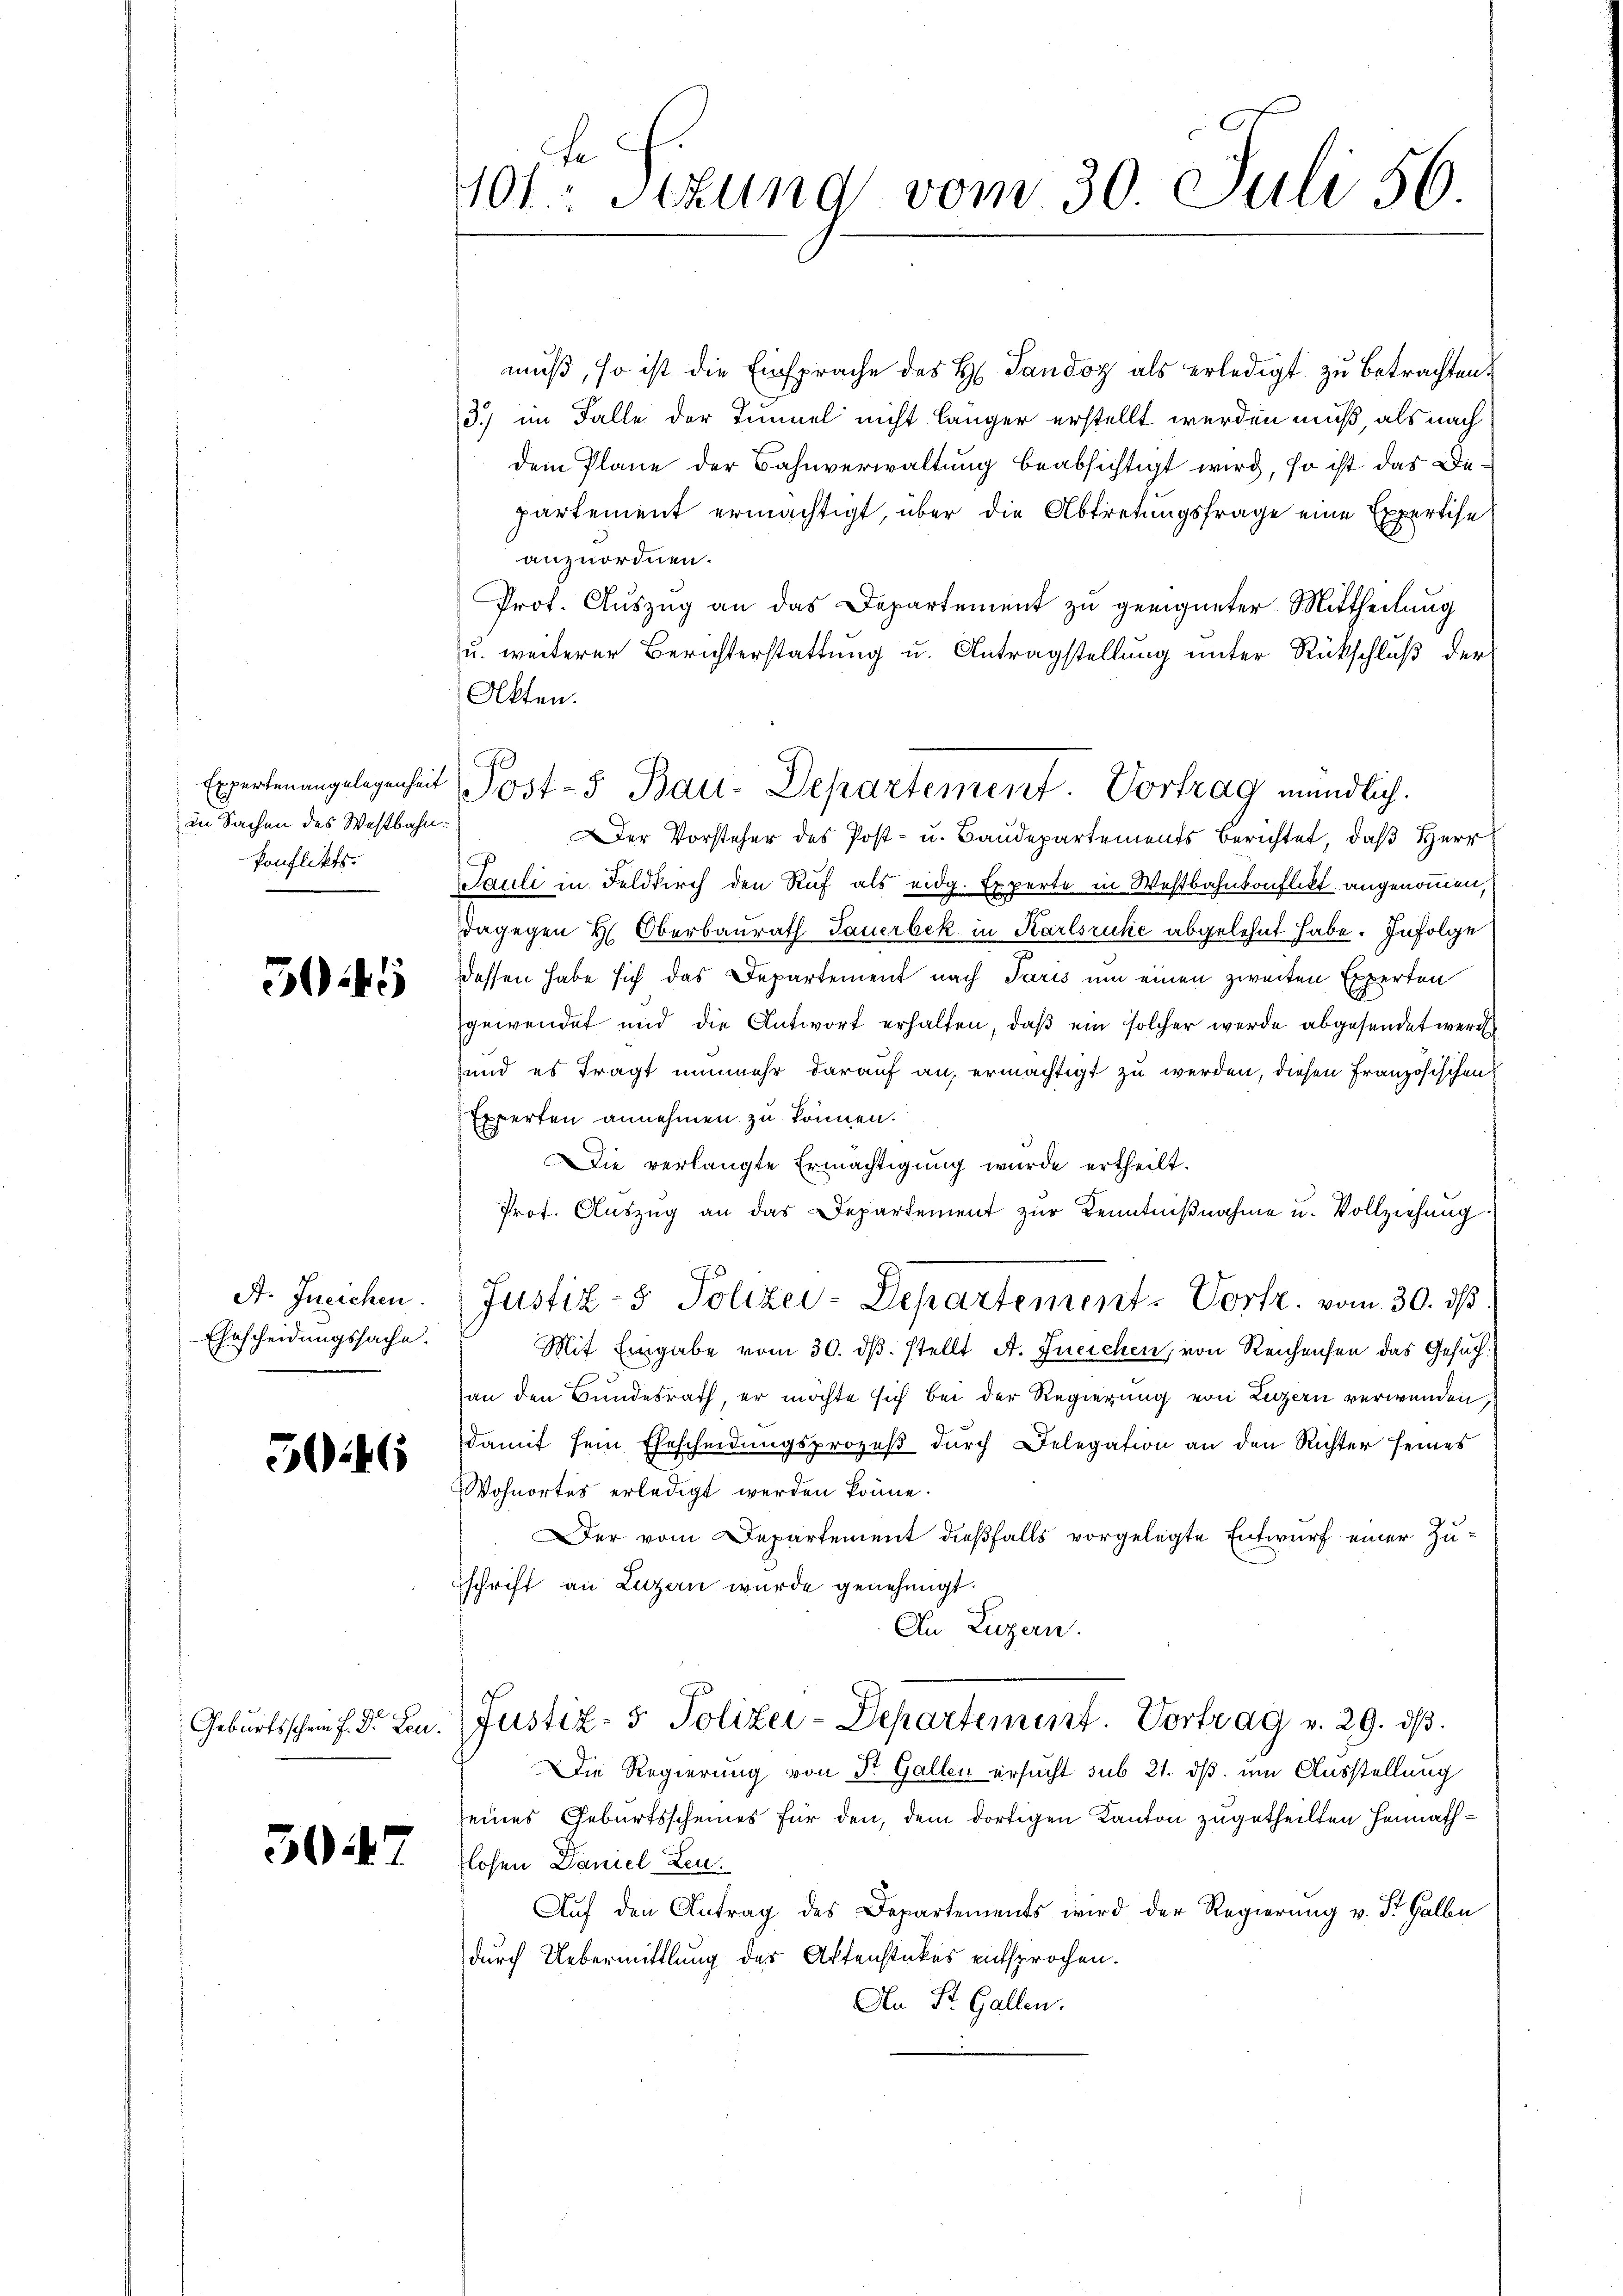
in Sachen des Westbahn¬
Ponflikts.

504

Ehrscheidungssache.

5046

5047

muß, so ist die Einsprache des H. Tandoz als erledigt zu betrachten.
3.) im Falle der Tunnel nicht länger erstellt werden muß, als nach
dem Plane der Bahnverwaltung beabsichtigt wird, so ist das Departement ermächtigt, über die Abtretungsfrage eine Expertise
anzuordnen.
Prot. Auszug an das Departement zu geeigneter Mittheilung
u. weiterer Berichterstattung u. Antragstellung unter Rückschluß der
Akten.
Der Vorsteher des Post- u. Baudepartements berichtet, daß Herr
Pauli in Feldkirch den Ruf als eidg. Experte in Westbahnkonflikt angenommen,
dagegen H. Oberbaurath Sauerbek in Karlsruhe abgelehnt habe. Infolge
dessen habe sich das Departement nach Paris um einen zweiten Experten
gewendet und die Antwort erhalten, daß ein solcher werde abgesendet werd
und es fragt nunmehr darauf an, ermächtigt zu werden, diesen Französischen
Experten annehmen zu können.
Die verlangte Ermächtigung wurde ertheilt.
Prot. Aŭszŭg an das Departement zŭr Kenntniβnahme u. Vollziehung.
A. Ineichen. Justiz- & Polizei-Departement-Vortr. vom 30. ds
Mit Eingabe vom 30. dβ. stellt. A. Ineichen, von Reichensen das Gesuchan den Bundesrath, er möchte sich bei der Regierung von Luzern verwenden,
damit sein Ehescheidŭngsprozeβ dŭrch Delegation an den Richter seines
Wohnortes erledigt werden könne.
Der vom Departement dießfalls vorgelegte Entwurf einer Zuschrift an Luzern wurde genehmigt.
An Luzern.
Geburtsschein f. Dr. L. Justiz- & Polizei-Departement. Vortrag v. 29. dβ.
Die Regierung von St. Gallen ersucht sub 21. ds um Ausstellung
eines Geburtsscheines für den, dem dortigen Kanton zugetheilten Heimathflosen Daniel Leu
Auf den Antrag des Departements wird der Regierung v. St. Galbu
durch Uebermittlung des Aktenstückes entsprochen.
An St. Gallen.

401: Stzung vom 30. Juli 56

Expertenangelegenheit Post-5 Bau-Departement. Vortrag mündlich.